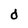
Character: d